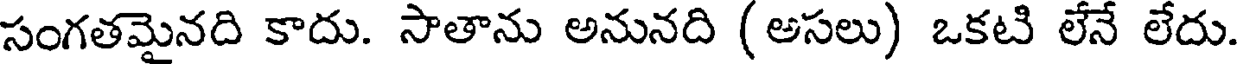
సంగతమైనది కాదు. సాతాను అనునది (అసలు) ఒకటి లేనే లేదు.